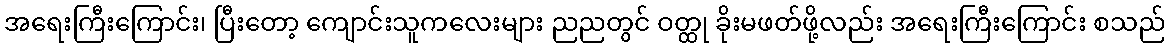
အရေးကြီးကြောင်း၊ ပြီးတော့ ကျောင်းသူကလေးများ ညညတွင် ဝတ္ထု ခိုးမဖတ်ဖို့လည်း အရေးကြီးကြောင်း စသည်